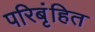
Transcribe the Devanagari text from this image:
परिबृंहित